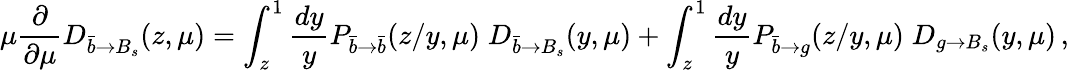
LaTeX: \mu\frac{\partial}{\partial\mu}D_{\bar{b}\to B_{s}}(z,\mu)=\int_{z}^{1}\frac{dy}{y}P_{\bar{b}\to\bar{b}}(z/y,\mu)\; D_{\bar{b}\to B_{s}}(y,\mu)+\int_{z}^{1}\frac{dy}{y}P_{\bar{b}\to g}(z/y,\mu)\; D_{g\to B_{s}}(y,\mu)\, ,